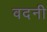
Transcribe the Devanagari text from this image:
वदनी